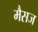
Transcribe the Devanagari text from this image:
मैसज